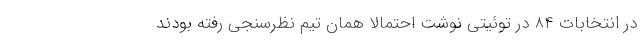
در انتخابات ۸۴ در توئیتی نوشت احتمالا همان تیم نظرسنجی رفته بودند